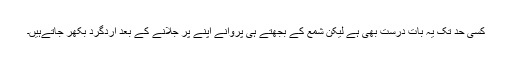
کسی حد تک یہ بات درست بھی ہے لیکن شمع کے بجھتے ہی پروانے اپنے پر جلانے کے بعد اردگرد بکھر جاتےہیں۔